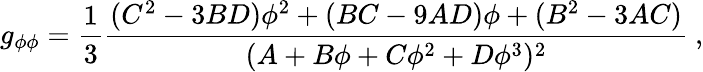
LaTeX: g_{\phi\phi}={\frac{1}{3}}{\frac{(C^{2}-3BD)\phi^{2}+(BC-9AD)\phi+(B^{2}-3AC)}{(A+B\phi+C\phi^{2}+D\phi^{3})^{2}}}\ ,